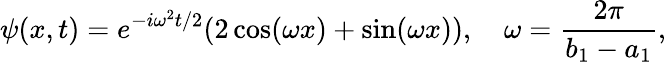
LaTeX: \psi(x,t)=e^{-i\omega^{2}t/2}(2\cos(\omega x)+\sin(\omega x)),\quad\omega=\frac{2\pi}{b_{1}-a_{1}},